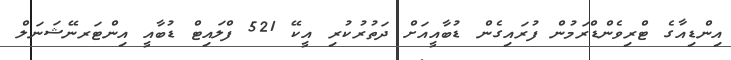
އިންޑިއާގެ ޓްރިވެންޑްރަމުން ފުރައިގެން ޑުބާއީއަށް ދަތުރުކުރި އީކޭ 521 ފްލައިޓް ޑުބާއީ އިންޓަރނޭޝަނަލް